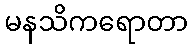
မနသိကရောတာ